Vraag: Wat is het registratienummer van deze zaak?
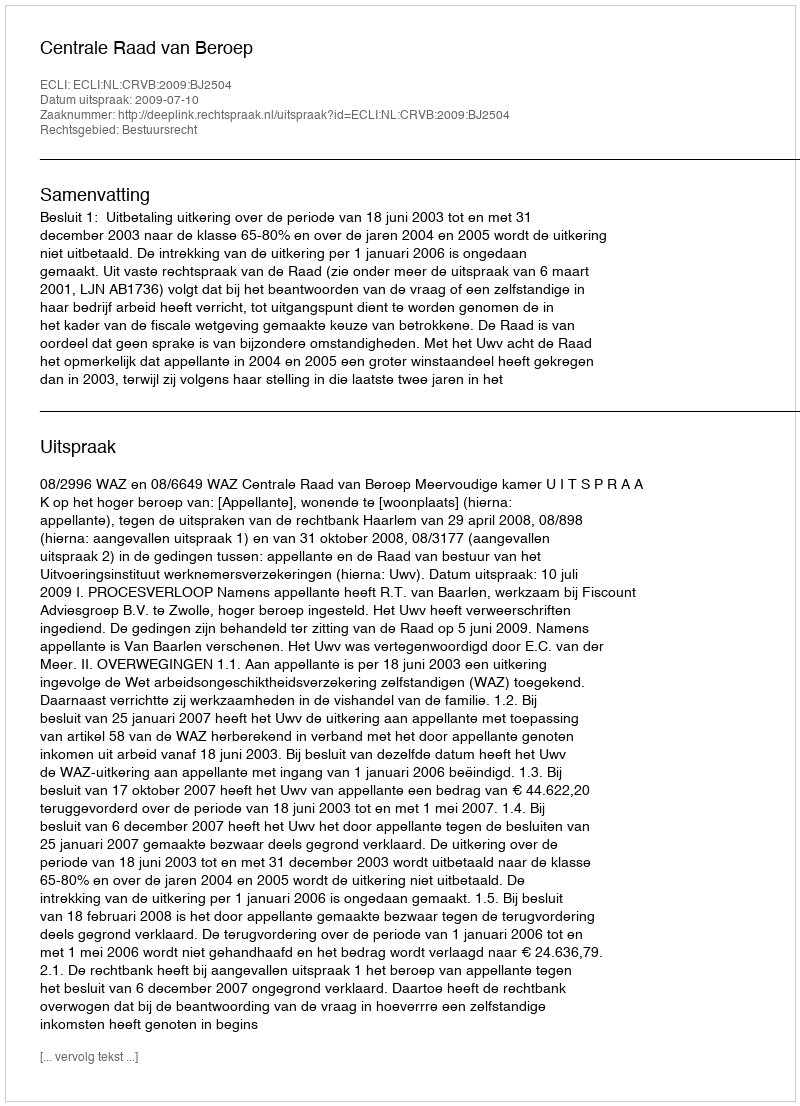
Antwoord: http://deeplink.rechtspraak.nl/uitspraak?id=ECLI:NL:CRVB:2009:BJ2504